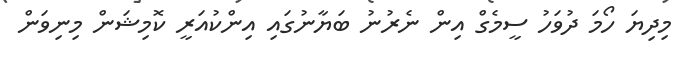
މިދިޔަ ހޯމަ ދުވަހު ސީމެގް އިން ނެރުނު ބަޔާނުގައި އިންކުއަރީ ކޮމިޝަން މިނިވަން